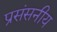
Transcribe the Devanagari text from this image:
प्रसंसनीय